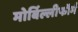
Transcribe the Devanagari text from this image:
मोर्बिल्लीफॉर्म